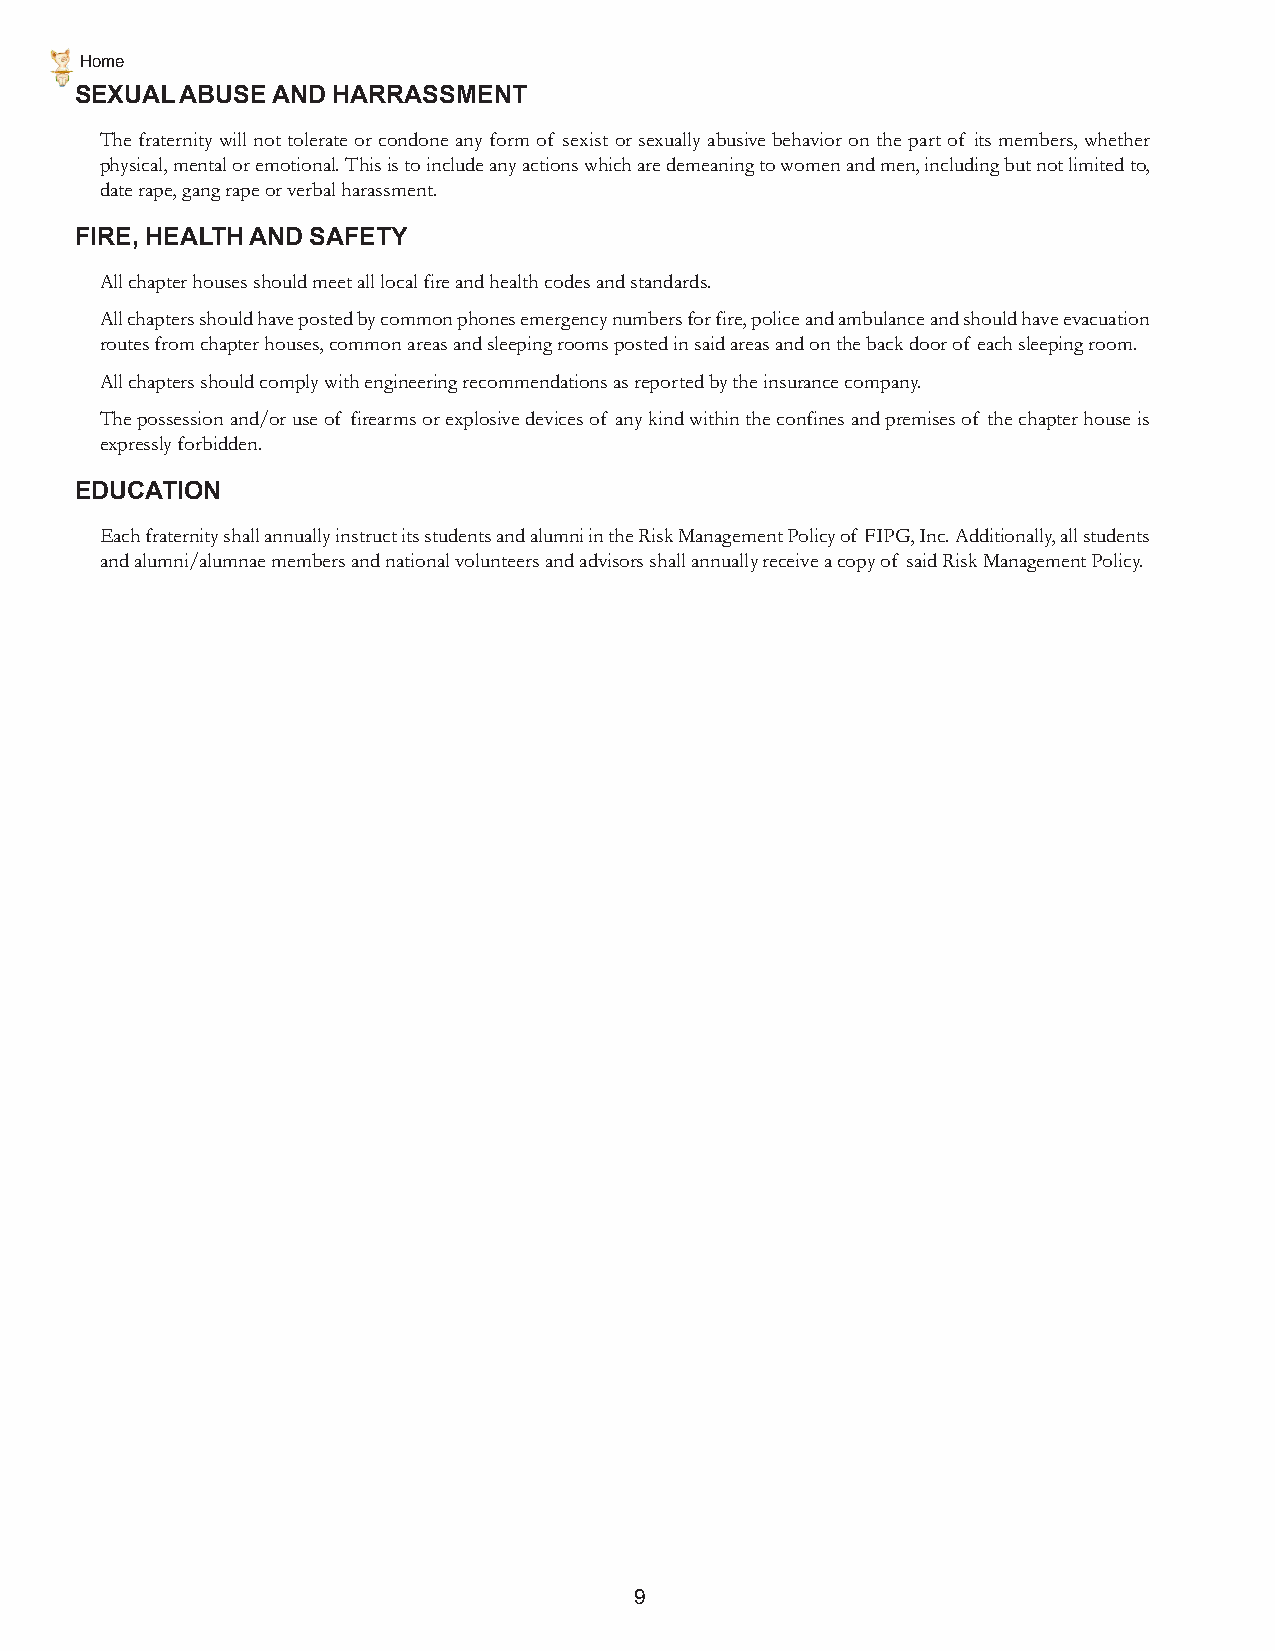
Home
 SEXUAL ABUSE AND HARRASSMENT
 The fraternity will not tolerate or condone any form of sexist or sexually abusive behavior on the part of its members, whether
 physical, mental or emotional. This is to include any actions which are demeaning to women and men, including but not limited to,
 date rape, gang rape or verbal harassment.
 FIRE, HEALTH AND SAFETY
 All chapter houses should meet all local fire and health codes and standards.
 All chapters should have posted by common phones emergency numbers for fire, police and ambulance and should have evacuation
 routes from chapter houses, common areas and sleeping rooms posted in said areas and on the back door of each sleeping room.
 All chapters should comply with engineering recommendations as reported by the insurance company.
 The possession and/or use of firearms or explosive devices of any kind within the confines and premises of the chapter house is
 expressly forbidden.
 EDUCATION
 Each fraternity shall annually instruct its students and alumni in the Risk Management Policy of FIPG, Inc. Additionally, all students
 and alumni/alumnae members and national volunteers and advisors shall annually receive a copy of said Risk Management Policy.
 9